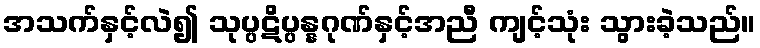
အသက်နှင့်လဲ၍ သုပ္ပဋိပ္ပန္နဂုဏ်နှင့်အညီ ကျင့်သုံး သွားခဲ့သည်။